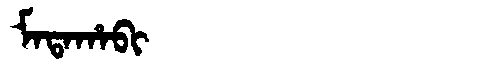
Manchu: ᠮᠠᡨᠠᡥᠠᠪᡳ
Romanization: MATAHABI